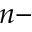
n -